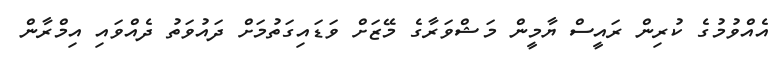
އެއްވުމުގެ ކުރިން ރައީސް ޔާމީން މަޝްވަރާގެ މޭޒަށް ވަޑައިގަތުމަށް ދައުވަތު ދެއްވައި އިމްރާން